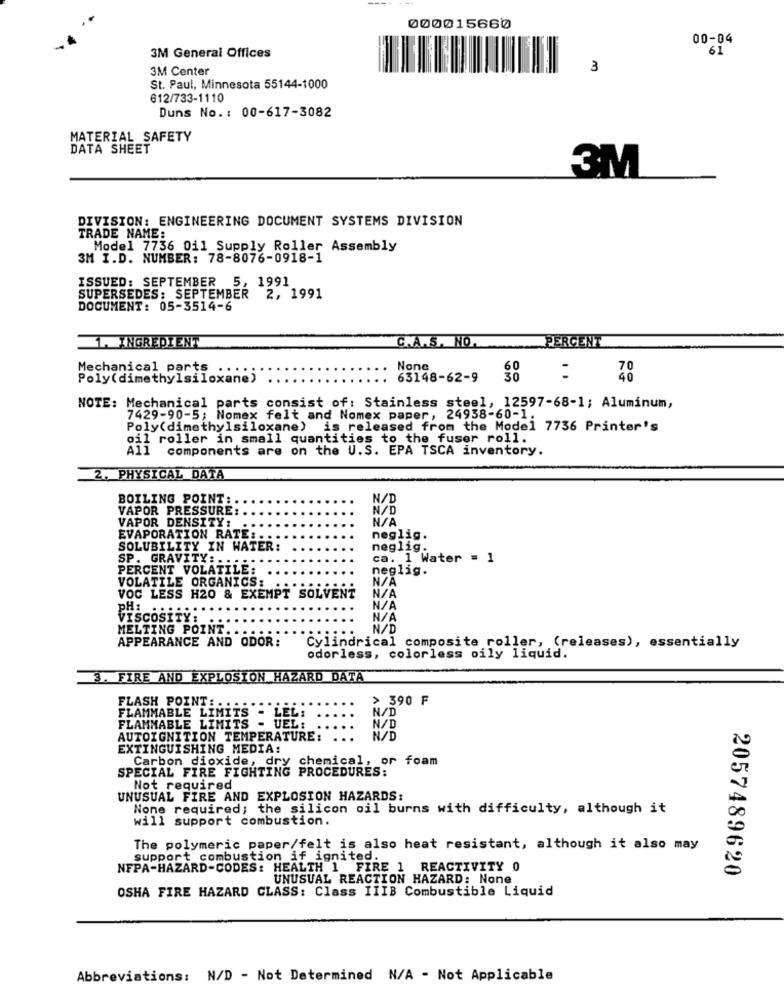
000015660
00-04
61
3M General Offices
3M Center
3
St. Paul, Minnesota 55144-1000
612/733-1110
Duns No. : 00-617-3082
MATERIAL SAFETY
DATA SHEET
3M
DIVISION: ENGINEERING DOCUMENT SYSTEMS DIVISION
TRADE NAME:
Model 7736 Oil Supply Roller Assembly
3M I.D. NUMBER: 78-8076-0918-1
ISSUED: SEPTEMBER 5, 1991
SUPERSEDES: SEPTEMBER 2, 1991
DOCUMENT: 05-3514-6
1. INGREDIENT
C.A.S. NO.
PERCENT
Mechanical parts
Poly(dimethylsiloxane)
63148-62-9
30
48
NOTE: Mechanical parts consist of: Stainless steel, 12597-68-1; Aluminum,
7429-90-5; Nomex felt and Nomex paper, 24938-60-1.
Poly(dimethylsiloxane) is released from the Model 7736 Printer's
oil roller in small quantities to the fuser roll.
components are on the U.S. EPA TSCA inventory.
2. PHYSICAL DATA
BOILING POINT: .
N/D
VAPOR PRESSURE: .
N/D
VAPOR DENSITY: .
EVAPORATION RATE: ..
neglig.
SOLUBILITY IN WATER:
neglig.
SP. GRAVITY :..
ca. 1 Water = 1
PERCENT VOLATILE:
neglig.
VOLATILE ORGANICS:
VOC LESS H20 & EXEMPT SOLVENT
PH:
VISCOSITY:
MELTING POINT. .
N/D
APPEARANCE AND ODOR:
Cylindrical composite roller, (releases), essentially
odorless, colorless oily liquid.
3. FIRE AND EXPLOSION HAZARD DATA
FLASH POINT: .
> 390 F
N/D
FLAMMABLE LIMITS - LEL:
FLAMMABLE LIMITS - UEL:
N/D
AUTOIGNITION TEMPERATURE:
...
N/D
EXTINGUISHING MEDIA:
Carbon dioxide, dry chemical, or foam
SPECIAL FIRE FIGHTING PROCEDURES:
Not required
UNUSUAL FIRE AND EXPLOSION HAZARDS:
None required; the silicon oil burns with difficulty, although it
will support combustion.
The polymeric paper/felt is also heat resistant, although it also may
support combustion if ignited.
NFPA-HAZARD-CODES: HEALTH 1 FIRE 1 REACTIVITY 0
2057489620
UNUSUAL REACTION HAZARD: None
OSHA FIRE HAZARD CLASS: Class IIIB Combustible Liquid
Abbreviations: N/D - Not Determined N/A - Not Applicable